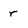
Character: r